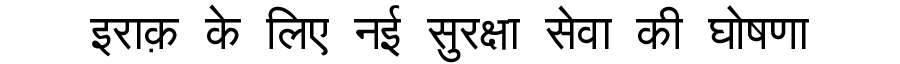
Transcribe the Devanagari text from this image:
इराक़ के लिए नई सुरक्षा सेवा की घोषणा